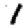
Digit: 1